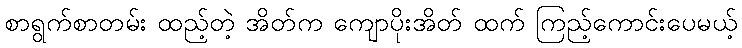
စာရွက်စာတမ်း ထည့်တဲ့ အိတ်က ကျောပိုးအိတ် ထက် ကြည့်ကောင်းပေမယ့်